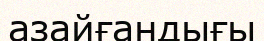
азайғандығы